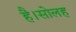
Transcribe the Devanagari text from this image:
है।सोलह